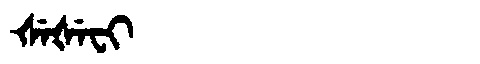
Manchu: ᡧᡝᡧᡝᠸᡳ
Romanization: ŠEŠEFI